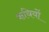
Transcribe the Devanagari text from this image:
ॠथियों